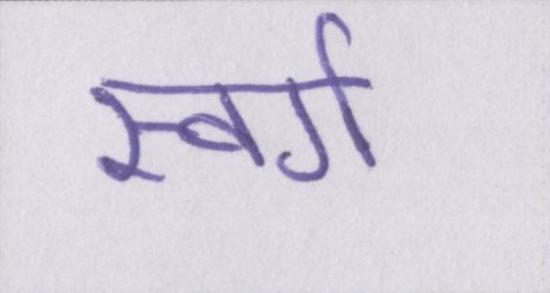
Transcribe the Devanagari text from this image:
स्वर्ग